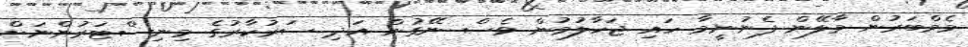
މެމްބަރުން މާލޭން ފެނުނީމާ ހައި ޖަހާލުމުން ވެސް ނޭގުން އަދި ސަރުކާރުގެ މިނިސްޓަރުންނަށް